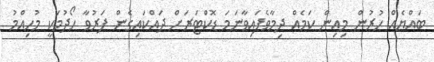
ބައްޔެއް ހުރުން މިއިން ކަމެއް ދިމާވެފައިވާނަމަ ޑޮކްޓަރަށް ދައްކައިގެން ފަރުވާ ހޯދުމަކީ މުހިއްމު